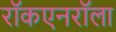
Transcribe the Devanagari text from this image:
राॅकएनराॅला